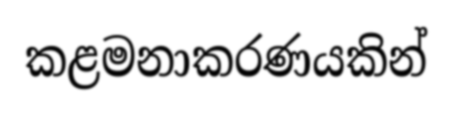
කළමනාකරණයකින්